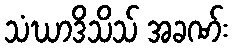
သံဃာဒိသိသ် အခဏ်း